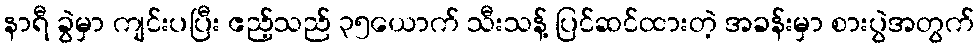
နာရီ ခွဲမှာ ကျင်းပပြီး ဧည့်သည် ၃၅ယောက် သီးသန့် ပြင်ဆင်ထားတဲ့ အခန်းမှာ စားပွဲအတွက်